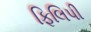
ફિલિપી